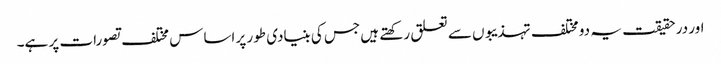
اور در حقیقت یہ دو مختلف تہذیبوں سے تعلق رکھتے ہیں جس کی بنیادی طور پر اساس مختلف تصورات پر ہے۔